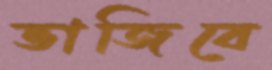
ভাজিবে